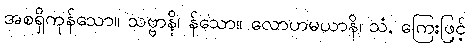
အစရှိကုန်သော။ သဗ္ဗာနိ၊ န်သော။ လောဟမယာနိ၊ သံ, ကြေးဖြင့်